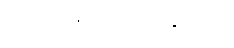
ဒီရေဒီယိုပေါ့။ ပျက်နေတယ်။